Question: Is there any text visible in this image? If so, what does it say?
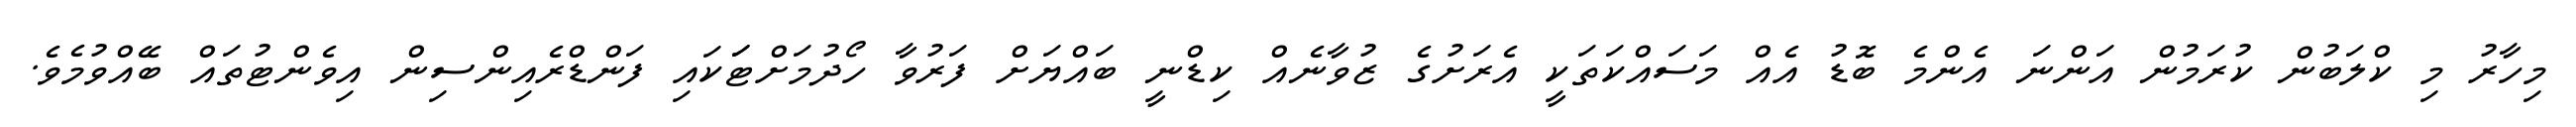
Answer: މިހާރު މި ކްލަބުން ކުރަމުން އަންނަ އެންމެ ބޮޑު އެއް މަސައްކަތަކީ އެރަށުގެ ޒުވާނެއް ކިޑްނީ ބައްޔަށް ފަރުވާ ހޯދުމަށްޓަަކައި ފަންޑްރެއިންސިން އިވެންޓުތައް ބޭއްވުމެވެ.